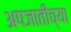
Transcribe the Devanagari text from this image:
अपजातीच्या